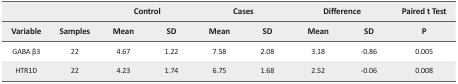
|  |  | <COLSPAN=2> Control | <COLSPAN=2> Cases | <COLSPAN=2> Difference | <COLSPAN=2> Paired t Test |
 | Variable | Samples | Mean | SD | Mean | SD | Mean | SD | P |
 | --- | --- | --- | --- | --- | --- | --- | --- | --- | --- |
 | GABA β3 | 22 | 4.67 | 1.22 | 7.58 | 2.08 | 3.18 | −0.86 | 0.005 |
 | HTR1D | 22 | 4.23 | 1.74 | 6.75 | 1.68 | 2.52 | −0.06 | 0.008 |